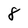
Character: 8